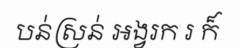
បន់ស្រន់ អង្វរក រ ក៏